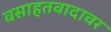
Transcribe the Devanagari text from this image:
वसाहतवादावर